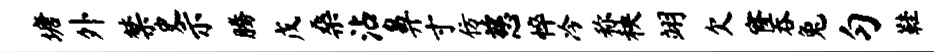
塘外禁史示腾戊桑沾鼻寸仿慈悴冷称秧翊欠窿吞兔匀鞋